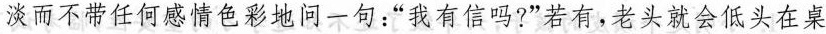
淡而不带任何感情色彩地问一句：”我有信吗?”若有，老头就会低头在桌